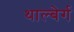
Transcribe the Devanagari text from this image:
थाल्बेर्ग